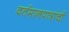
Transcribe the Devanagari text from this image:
वर्तमानपात्रांची